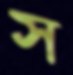
স